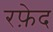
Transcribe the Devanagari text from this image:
रफ़ेद